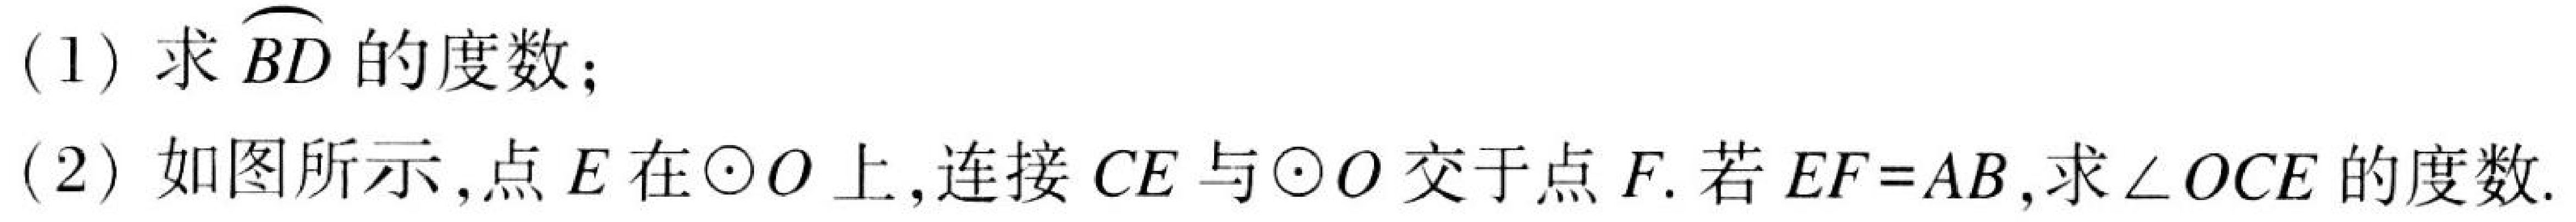
(1) 求$\overset{\frown}{BD}$的度数；
(2) 如图所示，点$E$在$\odot O$上，连接$CE$与$\odot O$交于点$F$. 若$EF = AB$，求$\angle OCE$的度数.